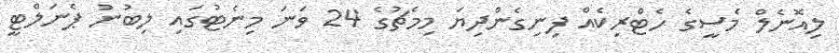
ލިއޮނެލް މެސީގެ ހެޓްރިކެއް ފިނިގެންދިޔަ މިމެޗުގެ 24 ވަނަ މިނެޓުގައި ލިބުނު ޕެނަލްޓީ